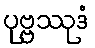
ပုဗ္ဗဿုဒံ